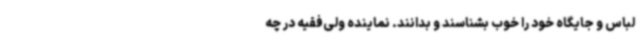
لباس و جایگاه خود را خوب بشناسند و بدانند. نماینده ولی‌فقیه در چه